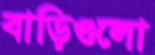
বাড়িগুলো